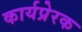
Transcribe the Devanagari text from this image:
कार्यप्रेरक